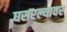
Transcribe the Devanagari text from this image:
घसरल्यावर